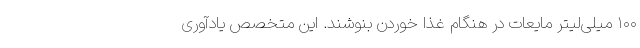
۱۰۰ میلی‌لیتر مایعات در هنگام غذا خوردن بنوشند. این متخصص یادآوری